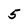
Character: 5